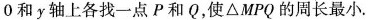
0$$和y轴上各找一点P和Q，使△MPQ的周长最小.